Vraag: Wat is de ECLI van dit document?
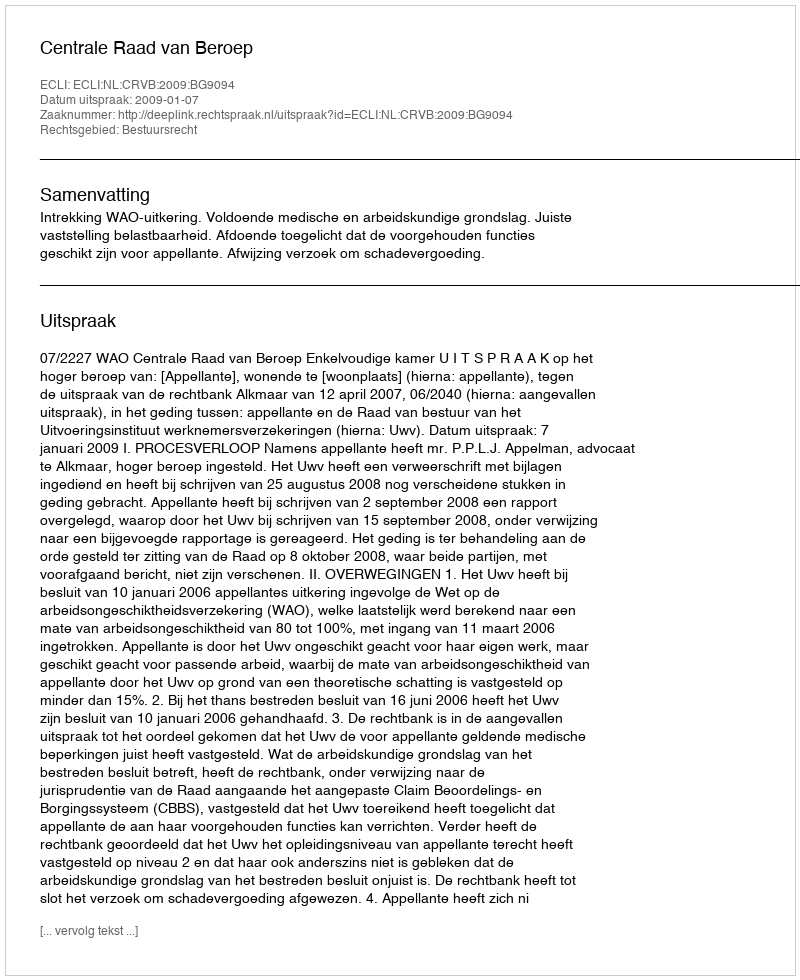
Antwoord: ECLI:NL:CRVB:2009:BG9094